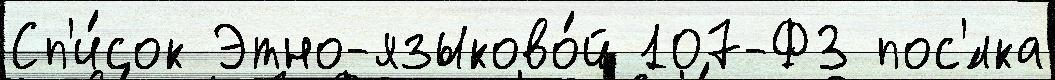
Сп'и́сок Этно-языково́й 107-ФЗ пос'́лка